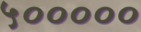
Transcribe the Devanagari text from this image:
५०००००